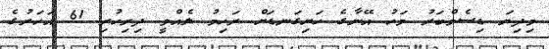
މިދިޔަ ޑިސެމްބަރު މަހު އޭނާގެ ހަށިގަނޑަށް ރަހިމު ލެއްވީ ދިރިހުރި 61 އަހަރުގެ